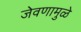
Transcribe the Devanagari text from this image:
जेवणामुळे